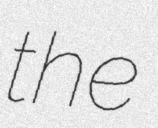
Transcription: the